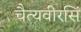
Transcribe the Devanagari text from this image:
चैत्यवीरसिं